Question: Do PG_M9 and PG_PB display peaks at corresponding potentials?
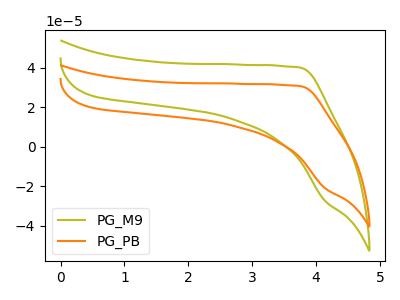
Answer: <think>The olive curve "PG_M9" has no peaks. The orange curve "PG_PB" has no peaks.</think>
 <answer>Niether CV has any peaks.</answer>
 <eval>blanks</eval>